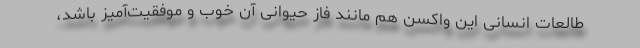
طالعات انسانی این واکسن هم مانند فاز حیوانی آن خوب و موفقیت‌آمیز باشد،